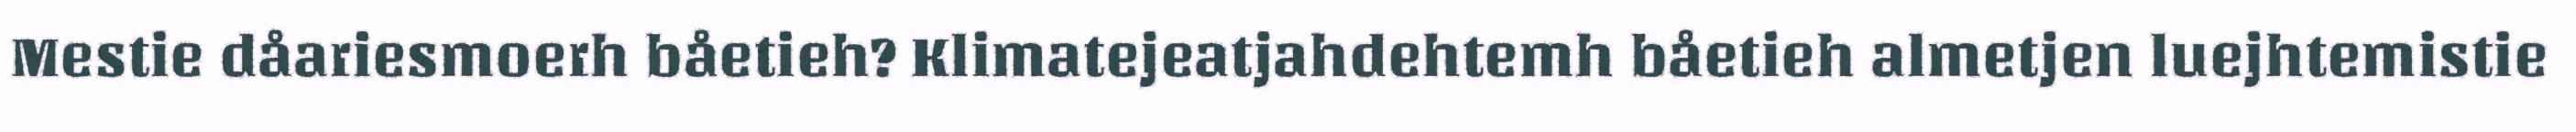
Mestie dåariesmoerh båetieh? Klimatejeatjahdehtemh båetieh almetjen luejhtemistie